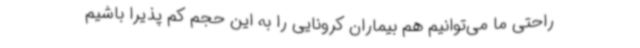
راحتی ما می‌توانیم هم بیماران کرونایی را به این حجم کم پذیرا باشیم